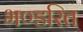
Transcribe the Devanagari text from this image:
भण्डरित